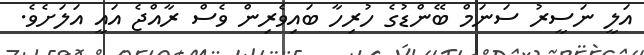
އަލީ ނަސީރު ސަނަމް ބޭންޑުގެ ހުރިހާ ބައިވެރިން ވެސް ރާއްޖެ އައީ އަލަށެވެ.